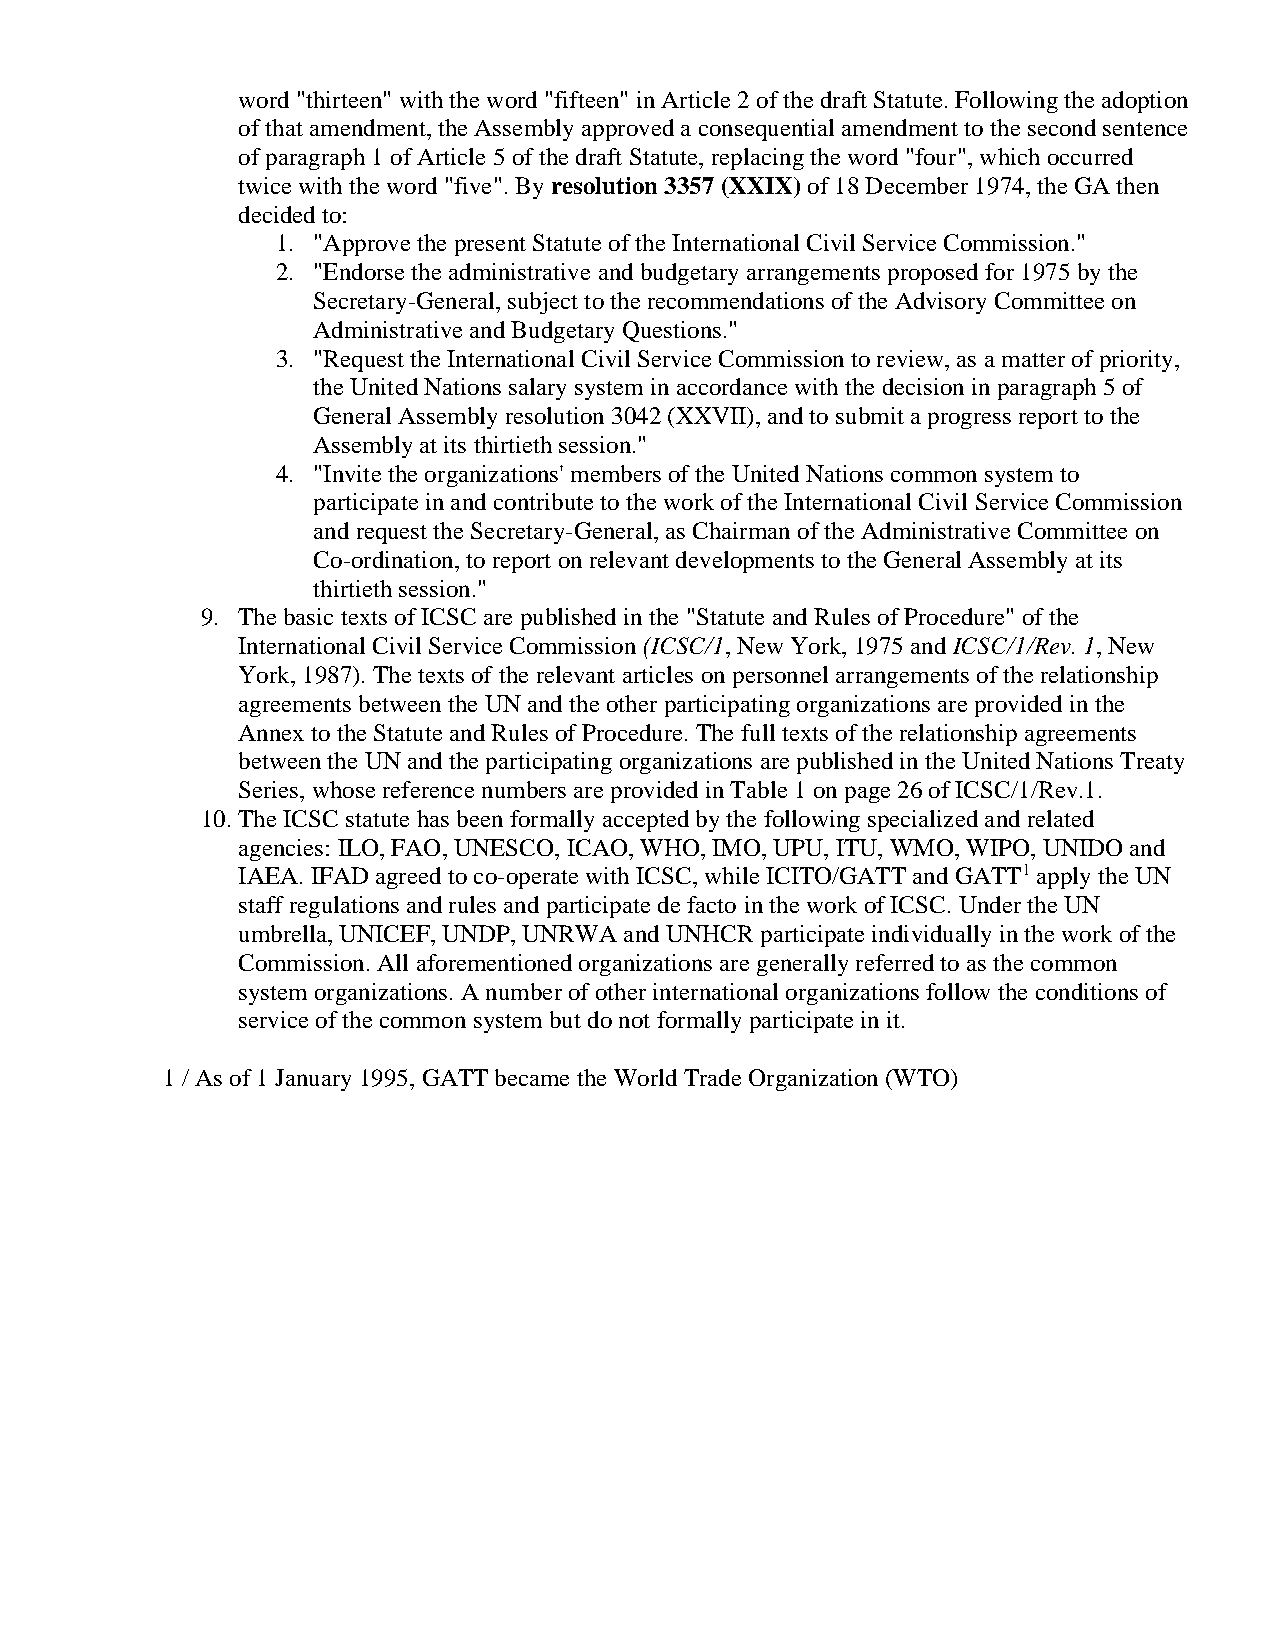
word "thirteen" with the word "fifteen" in Article 2 of the draft Statute. Following the adoption
 of that amendment, the Assembly approved a consequential amendment to the second sentence
 of paragraph 1 of Article 5 of the draft Statute, replacing the word "four", which occurred
 twice with the word "five". By resolution 3357 (XXIX) of 18 December 1974, the GA then
 decided to:
 1. "Approve the present Statute of the International Civil Service Commission."
 2. "Endorse the administrative and budgetary arrangements proposed for 1975 by the
 Secretary-General, subject to the recommendations of the Advisory Committee on
 Administrative and Budgetary Questions."
 3. "Request the International Civil Service Commission to review, as a matter of priority,
 the United Nations salary system in accordance with the decision in paragraph 5 of
 General Assembly resolution 3042 (XXVII), and to submit a progress report to the
 Assembly at its thirtieth session."
 4. "Invite the organizations' members of the United Nations common system to
 participate in and contribute to the work of the International Civil Service Commission
 and request the Secretary-General, as Chairman of the Administrative Committee on
 Co-ordination, to report on relevant developments to the General Assembly at its
 thirtieth session."
 9. The basic texts of ICSC are published in the "Statute and Rules of Procedure" of the
 International Civil Service Commission (ICSC/1, New York, 1975 and ICSC/1/Rev. 1, New
 York, 1987). The texts of the relevant articles on personnel arrangements of the relationship
 agreements between the UN and the other participating organizations are provided in the
 Annex to the Statute and Rules of Procedure. The full texts of the relationship agreements
 between the UN and the participating organizations are published in the United Nations Treaty
 Series, whose reference numbers are provided in Table 1 on page 26 of ICSC/1/Rev.1.
 10. The ICSC statute has been formally accepted by the following specialized and related
 agencies: ILO, FAO, UNESCO, ICAO, WHO, IMO, UPU, ITU, WMO, WIPO, UNIDO and
 IAEA. IFAD agreed to co-operate with ICSC, while ICITO/GATT and GATT1 apply the UN
 staff regulations and rules and participate de facto in the work of ICSC. Under the UN
 umbrella, UNICEF, UNDP, UNRWA and UNHCR participate individually in the work of the
 Commission. All aforementioned organizations are generally referred to as the common
 system organizations. A number of other international organizations follow the conditions of
 service of the common system but do not formally participate in it.
 1 / As of 1 January 1995, GATT became the World Trade Organization (WTO)